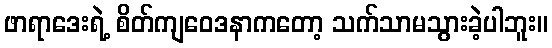
ဖာရာဒေးရဲ့ စိတ်ကျဝေဒနာကတော့ သက်သာမသွားခဲ့ပါဘူး။